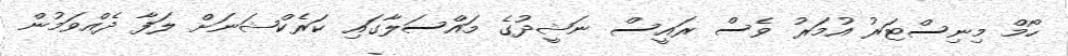
ހޯމް މިނިސްޓަރު އުމަރު ވެސް ރައީސް ނަޝީދުގެ މައްސަލާގައި ކަރެކްޝަނަށް ލަފާ ދެއްވަމުން